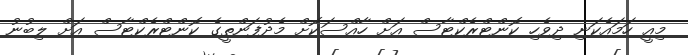
މިއީ ހަމައެކަނި ދިވެހި ކޮންޓްރެކްޓާސް އަށް ހާއްސަކޮށް މެދުފަންތީގެ ކޮންޓްރެކްޓާސް އަށް ލިބުނު